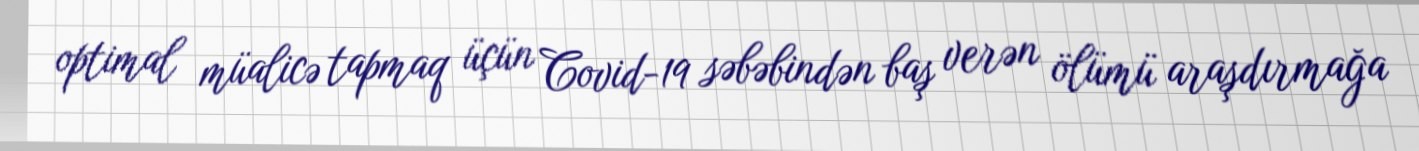
optimal müalicə tapmaq üçün Covid-19 səbəbindən baş verən ölümü araşdırmağa